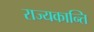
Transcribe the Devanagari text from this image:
राज्यकान्ति